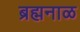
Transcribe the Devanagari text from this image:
ब्रह्मनाळ